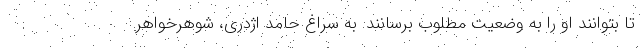
تا بتوانند او را به وضعیت مطلوب برسانند. به سراغ حامد اژدری، شوهرخواهر